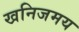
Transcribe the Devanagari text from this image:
खनिजमय